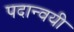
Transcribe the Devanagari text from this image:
पदान्वयी